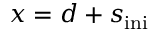
x = d + s _ { \mathrm { i n i } }